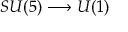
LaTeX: S U ( 5 ) \longrightarrow U ( 1 )